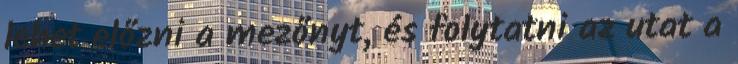
lehet előzni a mezőnyt, és folytatni az utat a